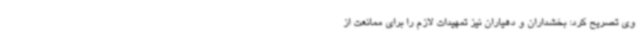
وی تصریح کرد: بخشداران و دهیاران نیز تمهیدات لازم را برای ممانعت از